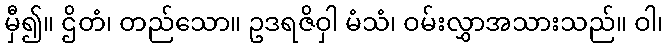
မှီ၍။ ဌိတံ၊ တည်သော။ ဥဒရဇိဝှါ မံသံ၊ ဝမ်းလွှာအသားသည်။ ဝါ၊